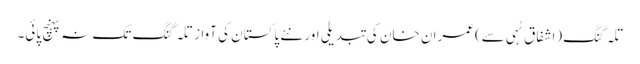
تلہ گنگ (اشفاق ٹہی سے)عمران خان کی تبدیلی اور نئے پاکستان کی آواز تلہ گنگ تک نہ پہنچ پائی۔